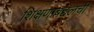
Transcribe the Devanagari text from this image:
शिक्षणाबद्दलची